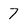
Character: 7